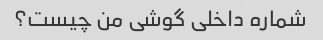
شماره داخلی گوشی من چیست؟